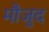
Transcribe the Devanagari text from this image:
माैजुद